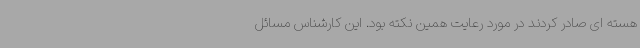
هسته ای صادر کردند در مورد رعایت همین نکته بود. این کارشناس مسائل